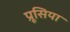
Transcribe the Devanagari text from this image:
प्रूसिया